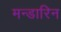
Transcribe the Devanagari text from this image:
मन्डारिन